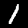
Label: 1